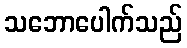
သဘောပေါက်သည်